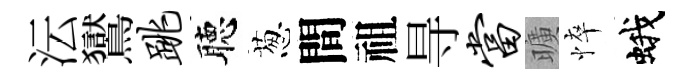
沄鸑跳聴葱間祖㝵当曠悴蛾